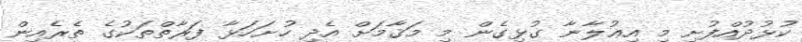
ކުޅުދުއްފުށި މި އިޢުލާނާ ގުޅިގެން މި މަޤާމަށް އެދި ހުށަހަޅާ ފަރާތްތަކުގެ ތެރެއިން